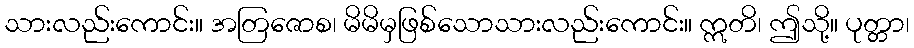
သားလည်းကောင်း။ အတြဇောစ၊ မိမိမှဖြစ်သောသားလည်းကောင်း။ ဣတိ၊ ဤသို့။ ပုတ္တာ၊